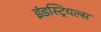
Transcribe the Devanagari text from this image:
इंडस्ट्रियल्स